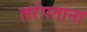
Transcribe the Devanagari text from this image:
तरंगताना